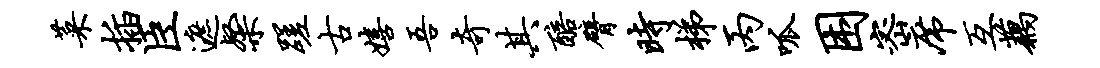
菜插臣遮粲蹉古嬉吾奇其醅臂时梯丙呱困密席互藕